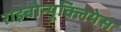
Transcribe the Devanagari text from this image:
राइबोन्यूक्लियेस